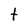
Character: T